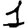
Digit: 1